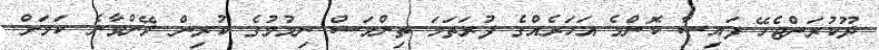
ދޫކުރަންޖެހޭ ފައިސާ ކޮންމެ އަހަރެއްގެ ފުރަތަމަ ތިންމަސް ނިމުމުގެ ކުރިން ދޭންވާނެ ކަމަށް